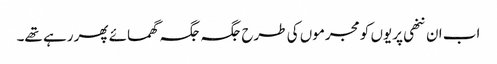
اب ان ننھی پریوں کو مجرموں کی طرح جگہ جگہ گھمائے پھر رہے تھے۔